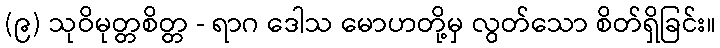
(၉) သုဝိမုတ္တစိတ္တ - ရာဂ ဒေါသ မောဟတို့မှ လွတ်သော စိတ်ရှိခြင်း။